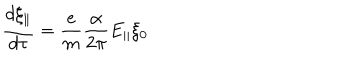
\frac { d \xi _ { \parallel } } { d \tau } = \frac { e } { m } \frac { \alpha } { 2 \pi } E _ { \parallel } \xi _ { 0 }